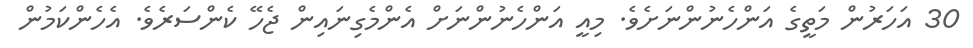
30 އަހަރުން މަތީގެ އަންހެނުންނަށެވެ. މިއީ އަންހެނުންނަށް އެންމެގިނައިން ޖެހޭ ކެންސަރެވެ. އެހެންކަމުން